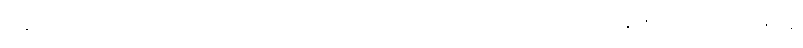
ရှန်ဟိုင်းမြို့ကပြုပြင်ပြောင်းလဲရေးနဲ့ တံခါး ဖွင့် ဝါဒ ကျင့်သုံးရာမှာ ရှန်ဟိုင်းမြို့ ခြေအနေ